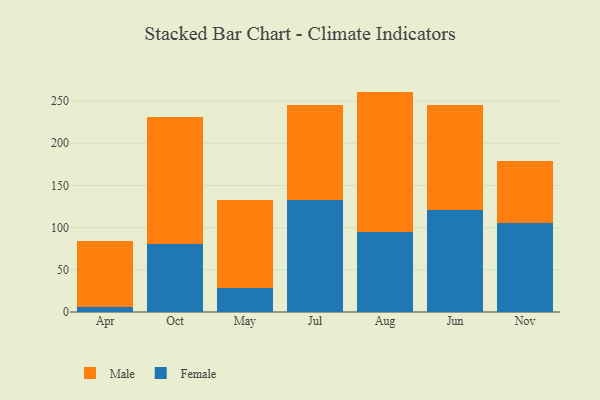
{"axis": {"x": "Month", "y": "Tickets Resolved"}, "legend": ["Female", "Male"], "data": [{"x": "Apr", "y": 5.7, "type": "Female"}, {"x": "Apr", "y": 78.6, "type": "Male"}, {"x": "Oct", "y": 80.7, "type": "Female"}, {"x": "Oct", "y": 149.8, "type": "Male"}, {"x": "May", "y": 28.8, "type": "Female"}, {"x": "May", "y": 104.0, "type": "Male"}, {"x": "Jul", "y": 132.6, "type": "Female"}, {"x": "Jul", "y": 112.9, "type": "Male"}, {"x": "Aug", "y": 94.3, "type": "Female"}, {"x": "Aug", "y": 166.8, "type": "Male"}, {"x": "Jun", "y": 120.9, "type": "Female"}, {"x": "Jun", "y": 123.9, "type": "Male"}, {"x": "Nov", "y": 105.0, "type": "Female"}, {"x": "Nov", "y": 73.5, "type": "Male"}]}